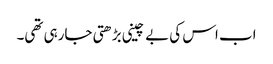
اب اس کی بے چینی بڑھتی جارہی تھی۔